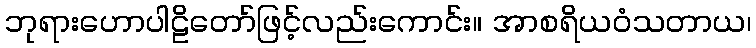
ဘုရားဟောပါဠိတော်ဖြင့်လည်းကောင်း။ အာစရိယဝံသတာယ၊